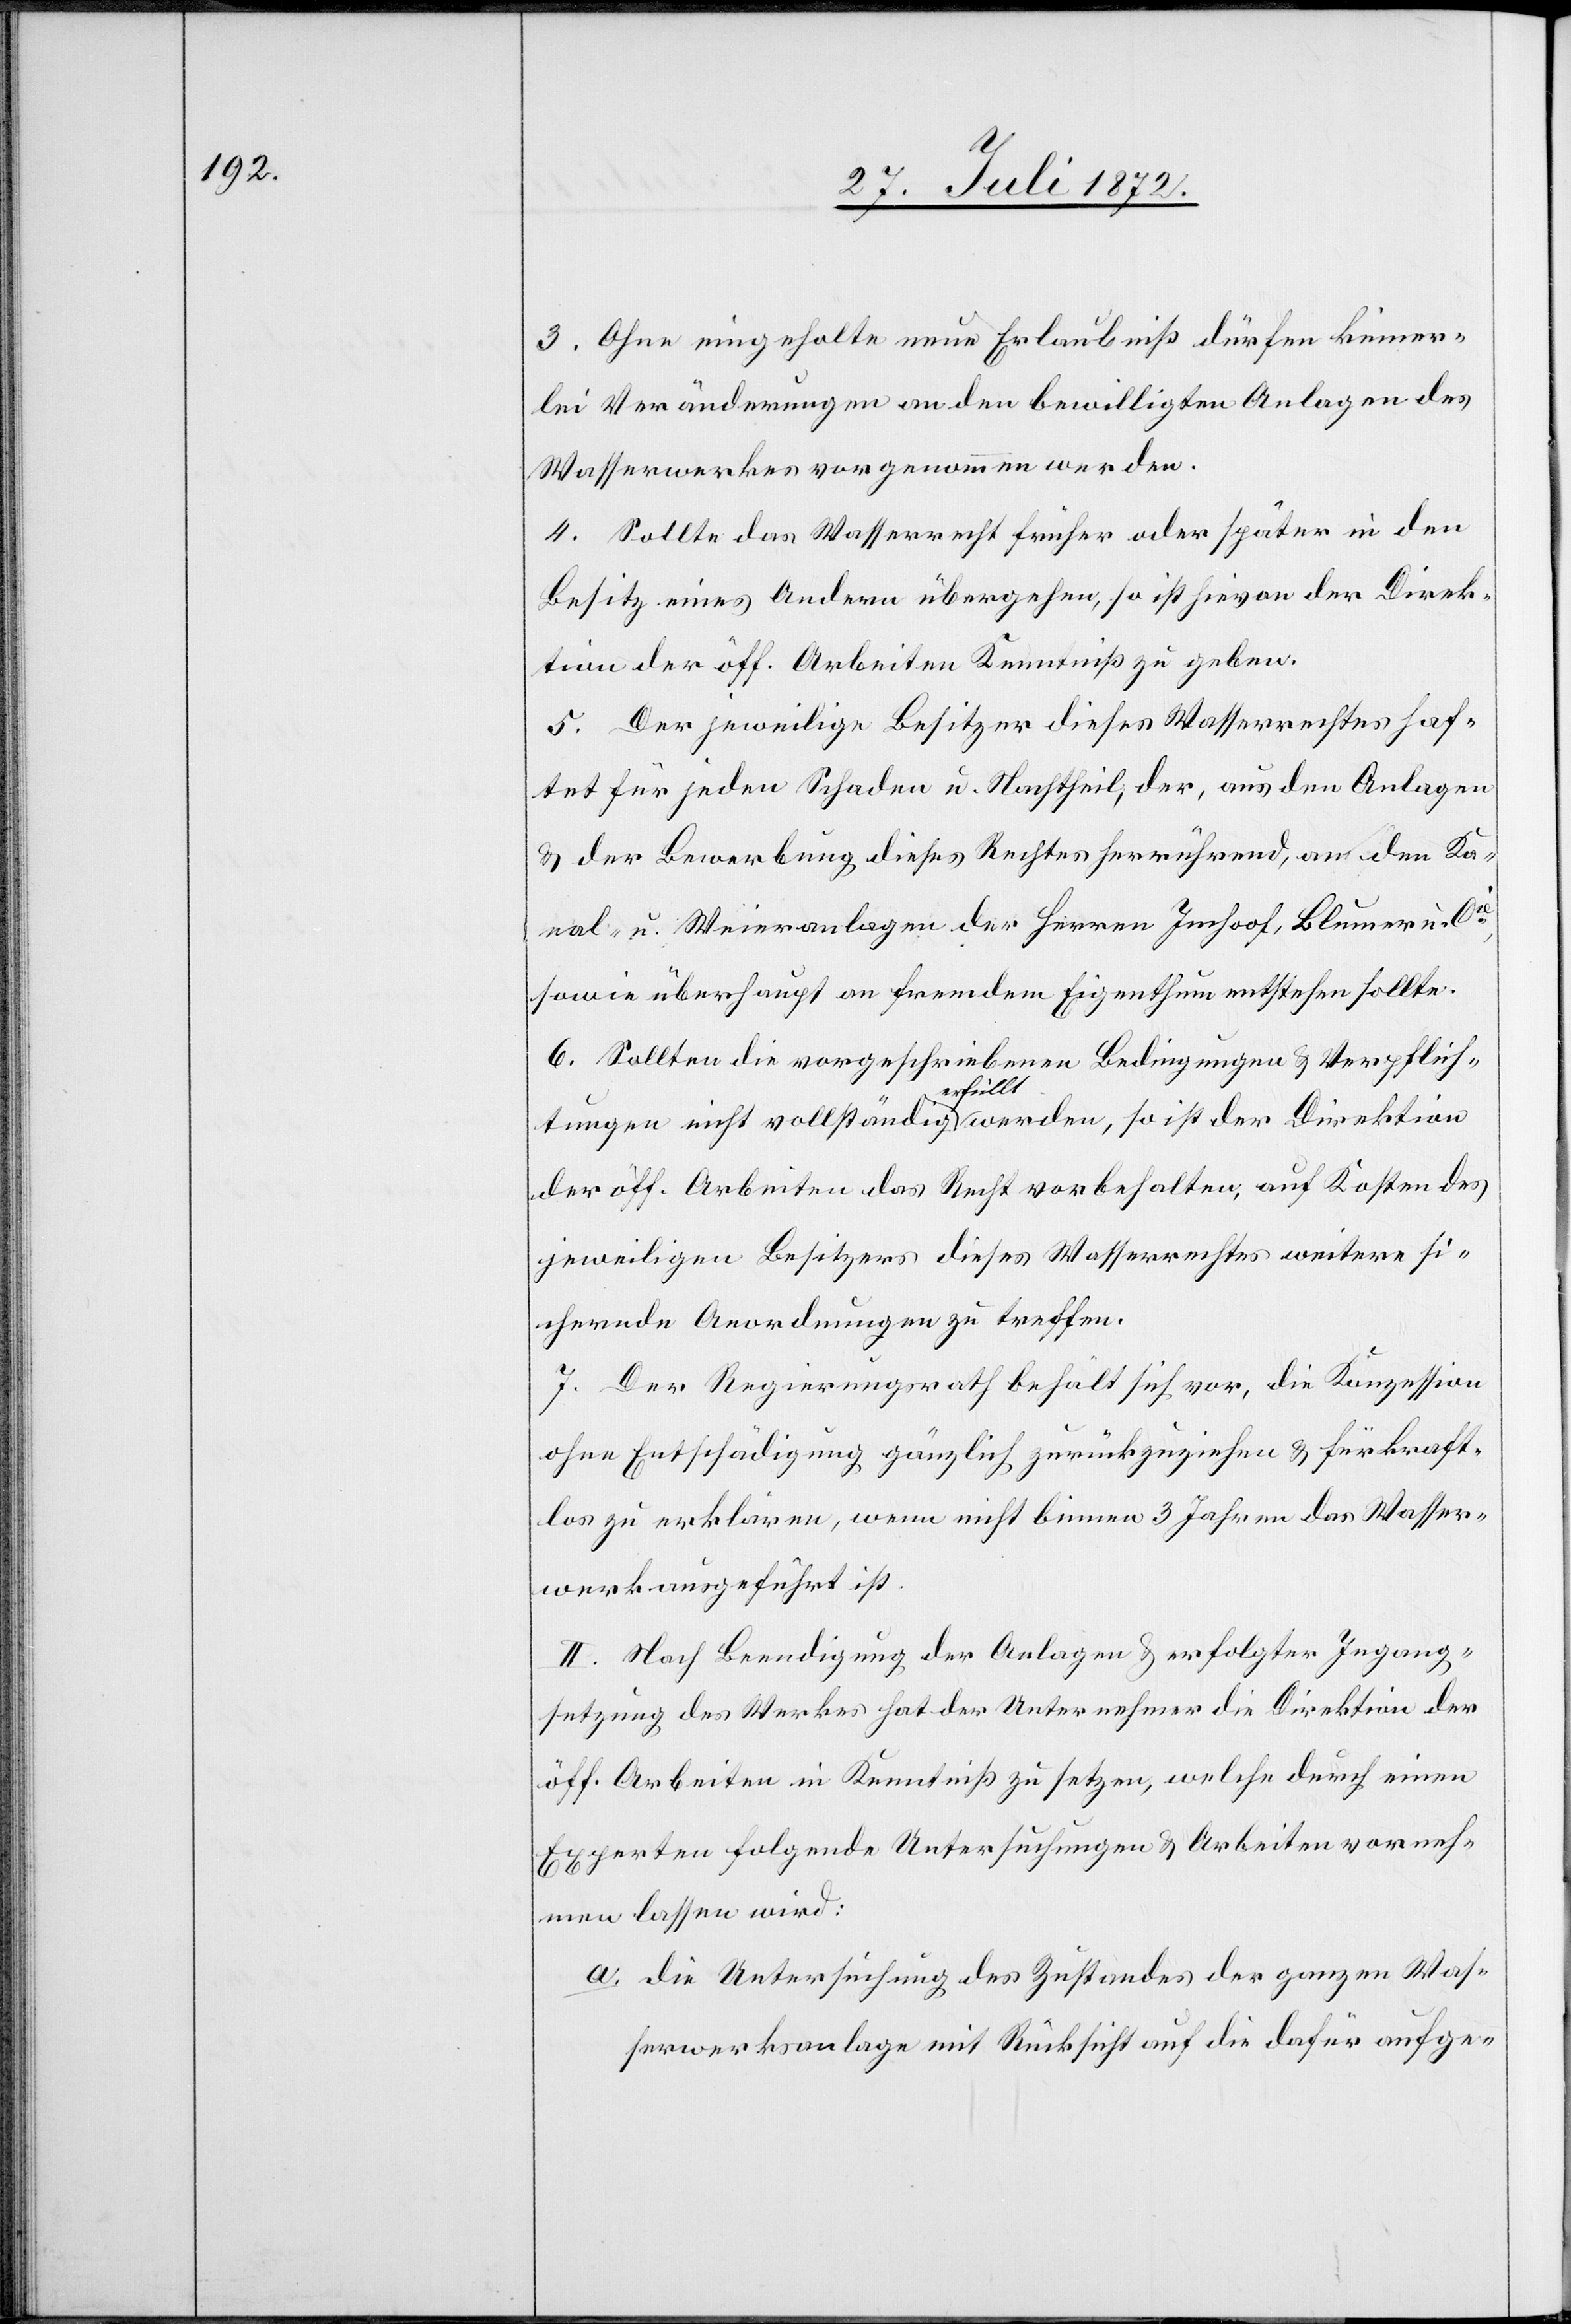
3. Ohne eingeholte neue Erlaubniß dürfen keiner¬
lei Veränderungen an den bewilligten Anlagen des
Wasserwerkes vorgenommen werden.
4. Sollte das Wasserrecht früher oder später in den
Besitz eines Andern übergehen, so ist hievon der Direk¬
tion der öff. Arbeiten Kenntniß zu geben.
5. Der jeweilige Besitzer dieses Wasserrechtes haf¬
tet für jeden Schaden u. Nachtheil, der, aus den Anlagen
u. der Bewerbung dieses Rechtes herrührend, an den Ka¬
nal- u. Weieranlagen der Herren Imhoof, Blumer u. Cie,
sowie überhaupt an fremdem Eigenthum entstehen sollte.
6. Sollten die vorgeschriebenen Bedingungen u. Verpflich¬
tungen nicht vollständig erfüllt werden, so ist der Direktion
der öff. Arbeiten das Recht vorbehalten, auf Kosten des
jeweiligen Besitzers dieses Wasserrechtes weitere si¬
chernde Anordnungen zu treffen.
7. Der Regierungsrath behält sich vor, die Konzession
ohne Entschädigung gänzlich zurückzuziehen u. für kraft¬
los zu erklären, wenn nicht binnen 3 Jahren das Wasser¬
werk ausgeführt ist.
II. Nach Beendigung der Anlagen u. erfolgter Ingang¬
setzung des Werkes hat der Unternehmer die Direktion der
öff. Arbeiten in Kenntniß zu setzen, welche durch einen
Experten folgende Untersuchungen u. Arbeiten vorneh¬
men lassen wird:
a. die Untersuchung des Zustandes der ganzen Was¬
serwerksanlage mit Rücksicht auf die dafür aufge-